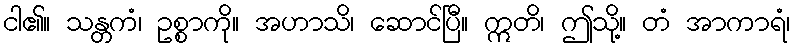
ငါ၏။ သန္တကံ၊ ဥစ္စာကို။ အဟာသိ၊ ဆောင်ပြီ။ ဣတိ၊ ဤသို့။ တံ အာကာရံ၊